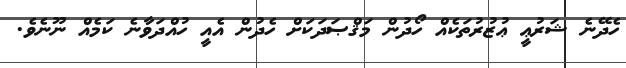
ހެދޭނެ ޝަރުޢީ ޢުޒުރުތަކެއް ހޯދުން މަޤްޞަދަކަށް ހެދުން އެއީ ހުއްދަވާނެ ކަމެއް ނޫނެވެ.